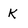
Character: K